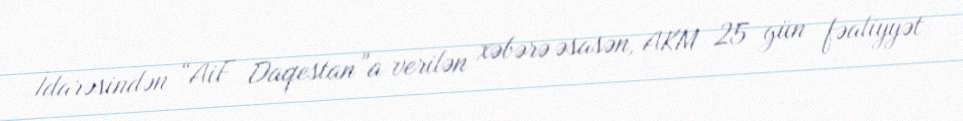
İdarəsindən “AiF Daqestan”a verilən xəbərə əsasən, AKM 25 gün fəaliyyət